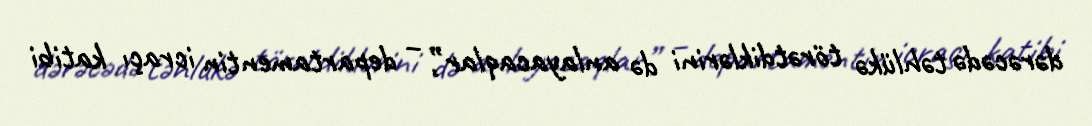
dərəcədə təhlükə törətdiklərini də anlayacaqlar”, – departamentin icraçı katibi